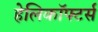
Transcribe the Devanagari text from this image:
हेलिकॉफ्टर्स